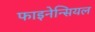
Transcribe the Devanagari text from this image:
फाइनेन्सियल